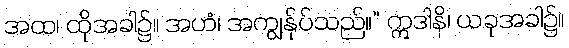
အထ၊ ထိုအခါ၌။ အဟံ၊ အကျွန်ုပ်သည်။” ဣဒါနိ၊ ယခုအခါ၌။